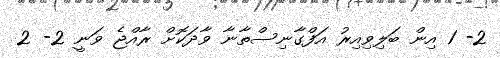
2- 1 އިން ބަލިވިއިރު އަފްގާނިސްތާނާ ވާދަކޮށް ރާއްޖެ ވަނީ 2- 2